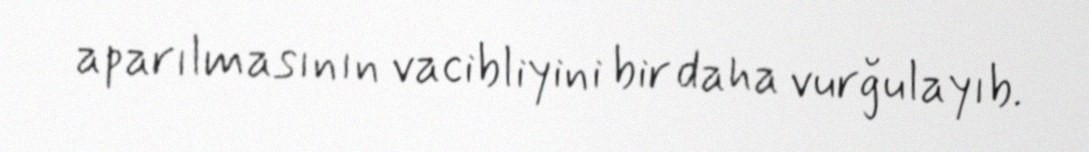
aparılmasının vacibliyini bir daha vurğulayıb.